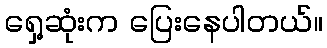
ရှေ့ဆုံးက ပြေးနေပါတယ်။